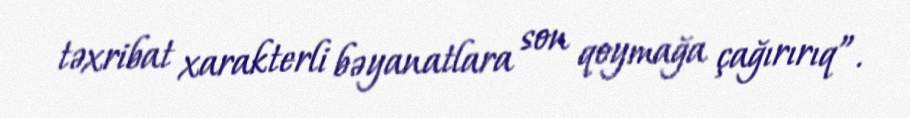
təxribat xarakterli bəyanatlara son qoymağa çağırırıq”.